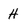
Character: H